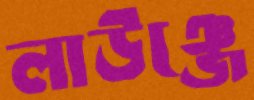
লাউঞ্জে